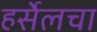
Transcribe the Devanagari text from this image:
हर्सेलचा